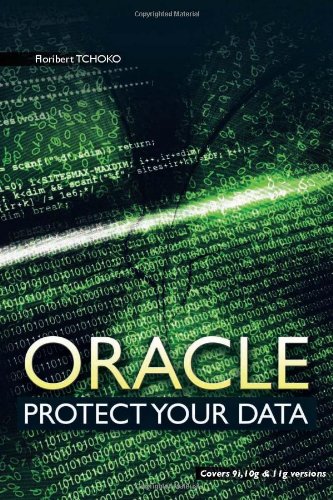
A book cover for Oracle: Protect Your Data; Floribert Tchoko; Computers & Technology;